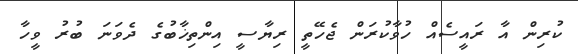
ކުރިން އާ ރައީސެއް ހުވާކުރަން ޖެހޭތީ ރިޔާސީ އިންތިޚާބުގެ ދެވަނަ ބުރު ވީހާ